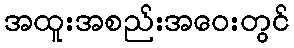
အထူးအစည်းအဝေးတွင်